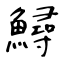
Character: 鱘